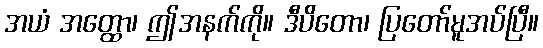
အယံ အတ္ထော၊ ဤအနက်ကို။ ဒီပိတော၊ ပြတော်မူအပ်ပြီ။